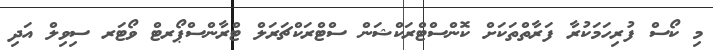
މި ކޯސް ފުރިހަމަކުރާ ފަރާތްތަކަށް ކޮންސްޓްރަކްޝަން ސްޓްރަކްޗަރަލް ޓްރާންސްޕޯރޓް ވޯޓަރ ސިވިލް އަދި